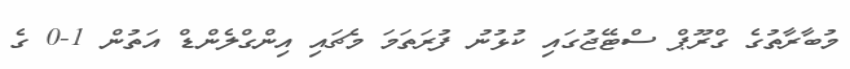
މުބާރާތުގެ ގްރޫޕް ސްޓޭޖުގައި ކުޅުނު ފުރަތަމަ މެޗައި އިންގްލެންޑް އަތުން 1-0 ގެ